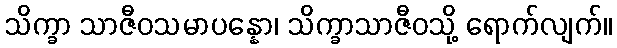
သိက္ခာ သာဇီဝသမာပန္နော၊ သိက္ခာသာဇီဝသို့ ရောက်လျက်။